Indian journal of veterinary science and animal husbandry - Volumes 24-25, 1954-1955
Year: 1954
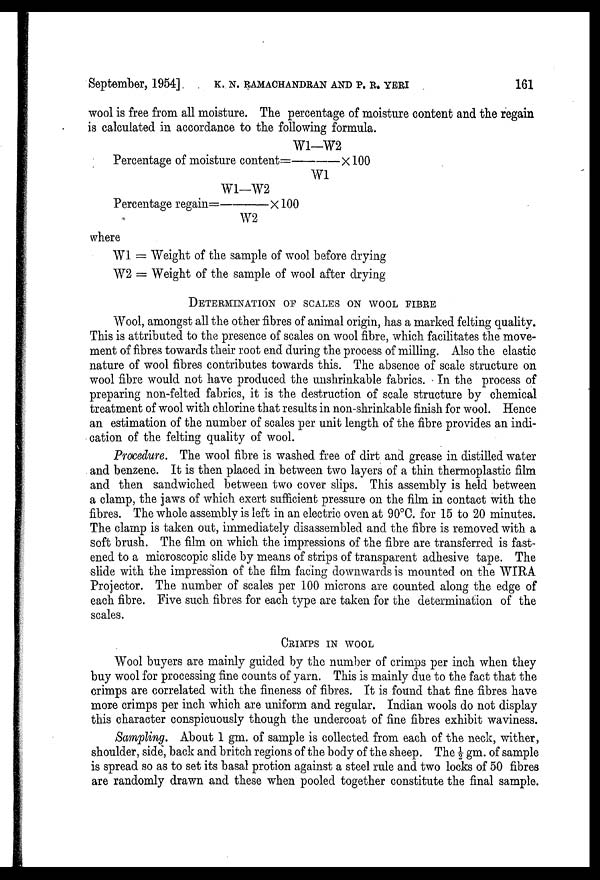
September, 1954] K. N. RAMACHANDRAN AND P. R. YERI 161
wool is free from all moisture. The percentage of moisture content and the regain
is calculated in accordance to the following formula.
Percentage of moisture content= W1-W2/W1X 100
Percentage regain= W1-W2/W2X 100
where
W1 = Weight of the sample of wool before drying
W2 = Weight of the sample of wool after drying
DETERMINATION OP SCALES ON WOOL FIBRE
Wool, amongst all the other fibres of animal origin, has a marked felting quality.
This is attributed to the presence of scales on wool fibre, which facilitates the move-
ment of fibres towards their root end during the process of milling. Also the elastic
nature of wool fibres contributes towards this. The absence of scale structure on
wool fibre would not have produced the unshrinkable fabrics. In the process of
preparing non-felted fabrics, it is the destruction of scale structure by chemical
treatment of wool with chlorine that results in non-shrinkable finish for wool. Hence
an estimation of the number of scales per unit length of the fibre provides an indi-
cation of the felting quality of wool.
Procedure. The wool fibre is washed free of dirt and grease in distilled water
and benzene. It is then placed in between two layers of a thin thermoplastic film
and then sandwiched between two cover slips. This assembly is held between
a clamp, the jaws of which exert sufficient pressure on the film in contact with the
fibres. The whole assembly is left in an electric oven at 90°C. for 15 to 20 minutes.
The clamp is taken out, immediately disassembled and the fibre is removed with a
soft brush. The film on which the impressions of the fibre are transferred is fast-
ened to a microscopic slide by means of strips of transparent adhesive tape. The
slide with the impression of the film facing downwards is mounted on the WIRA
Projector. The number of scales per 100 microns are counted along the edge of
each fibre. Five such fibres for each type are taken for the determination of the
scales.
CRIMPS IN WOOL
Wool buyers are mainly guided by the number of crimps per inch when they
buy wool for processing fine counts of yarn. This is mainly due to the fact that the
crimps are correlated with the fineness of fibres. It is found that fine fibres have
more crimps per inch which are uniform and regular. Indian wools do not display
this character conspicuously though the undercoat of fine fibres exhibit waviness.
Sampling. About 1 gm. of sample is collected from each of the neck, wither,
shoulder, side, back and britch regions of the body of the sheep. The ½ gm. of sample
is spread so as to set its basal protion against a steel rule and two locks of 50 fibres
are randomly drawn and these when pooled together constitute the final sample.